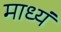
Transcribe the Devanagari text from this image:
माध्यं